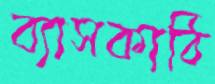
ব্যাসকাঠি